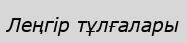
Леңгір тұлғалары